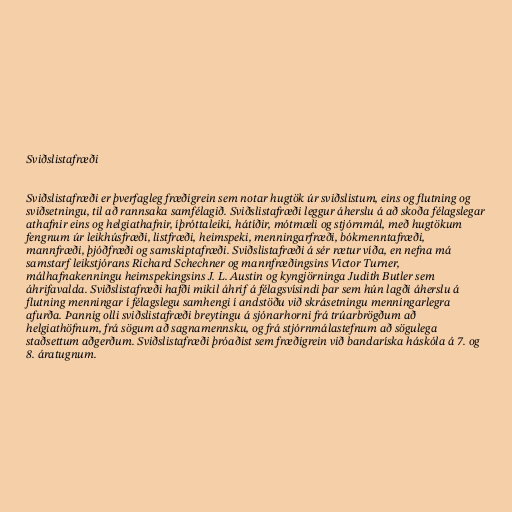
Sviðslistafræði

Sviðslistafræði er þverfagleg fræðigrein sem notar hugtök úr sviðslistum, eins og flutning og
sviðsetningu, til að rannsaka samfélagið. Sviðslistafræði leggur áherslu á að skoða félagslegar
athafnir eins og helgiathafnir, íþróttaleiki, hátíðir, mótmæli og stjórnmál, með hugtökum
fengnum úr leikhúsfræði, listfræði, heimspeki, menningarfræði, bókmenntafræði,
mannfræði, þjóðfræði og samskiptafræði. Sviðslistafræði á sér rætur víða, en nefna má
samstarf leikstjórans Richard Schechner og mannfræðingsins Victor Turner,
málhafnakenningu heimspekingsins J. L. Austin og kyngjörninga Judith Butler sem
áhrifavalda. Sviðslistafræði hafði mikil áhrif á félagsvísindi þar sem hún lagði áherslu á
flutning menningar í félagslegu samhengi í andstöðu við skrásetningu menningarlegra
afurða. Þannig olli sviðslistafræði breytingu á sjónarhorni frá trúarbrögðum að
helgiathöfnum, frá sögum að sagnamennsku, og frá stjórnmálastefnum að sögulega
staðsettum aðgerðum. Sviðslistafræði þróaðist sem fræðigrein við bandaríska háskóla á 7. og
8. áratugnum.